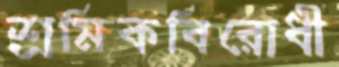
শ্রমিকবিরোধী